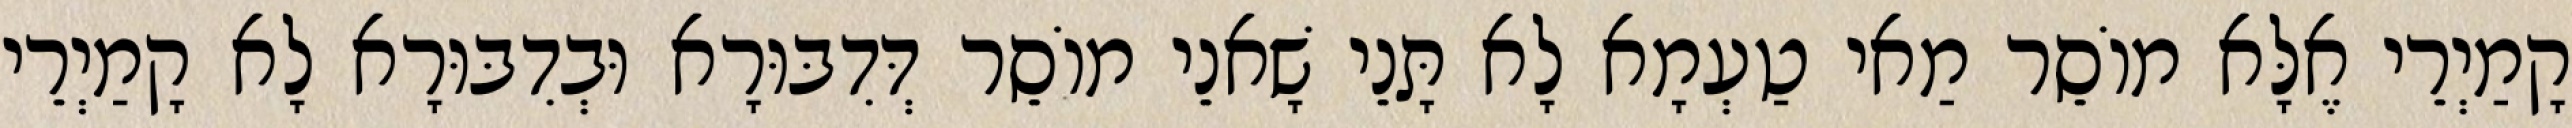
קָמַיְרֵי אֶלָּא מוֹסֵר מַאי טַעְמָא לָא תָּנֵי שָׁאנֵי מוֹסֵר דְּדִבּוּרָא וּבְדִבּוּרָא לָא קָמַיְרֵי